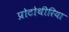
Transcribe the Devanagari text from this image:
प्रोटोथीरिया